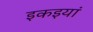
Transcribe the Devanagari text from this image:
इकइयां